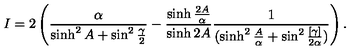
I = 2 \left( { \frac { \alpha } { \sinh ^ { 2 } A + \sin ^ { 2 } { \frac { \gamma } { 2 } } } } - { \frac { \sinh { \frac { 2 A } { \alpha } } } { \sinh { 2 A } } } { \frac { 1 } { ( \sinh ^ { 2 } { \frac { A } { \alpha } } + \sin ^ { 2 } { \frac { [ \gamma ] } { 2 \alpha } } ) } } \right) .